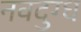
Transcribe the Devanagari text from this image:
नवदुग्ध